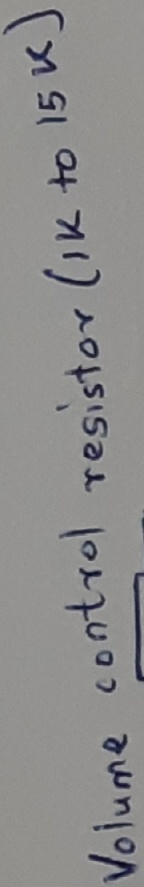
Text: volume control Resistor(1k to 15k)